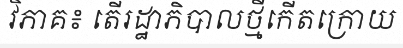
វិភាគ៖ តើរដ្ឋាភិបាលថ្មីកើតក្រោយ